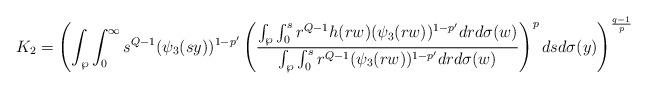
LaTeX: \begin{align*}K_{2}=\left(\int_{\wp}\int_{0}^{\infty}s^{Q-1}(\psi_{3}(sy))^{1-p'}\left(\frac{\int_{\wp}\int_{0}^{s}r^{Q-1}h(rw)(\psi_{3}(rw))^{1-p'}drd\sigma(w)}{\int_{\wp}\int_{0}^{s}r^{Q-1}(\psi_{3}(rw))^{1-p'}drd\sigma(w)}\right)^{p}dsd\sigma(y)\right)^{\frac{q-1}{p}}\end{align*}